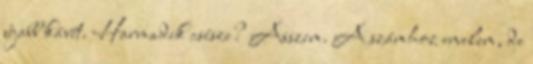
újabb kávét. Harmadik csésze? Asszem. A számhoz emelem, de